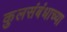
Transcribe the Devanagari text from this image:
कुलसंबंधाच्या